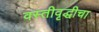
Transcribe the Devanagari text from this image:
वस्तीवृद्धीचा